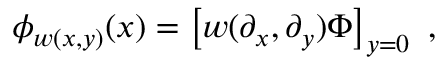
\phi _ { w ( x , y ) } ( x ) = \left[ w ( \partial _ { x } , \partial _ { y } ) \Phi \right] _ { y = 0 } \ ,